Riigikantselei, lk 121
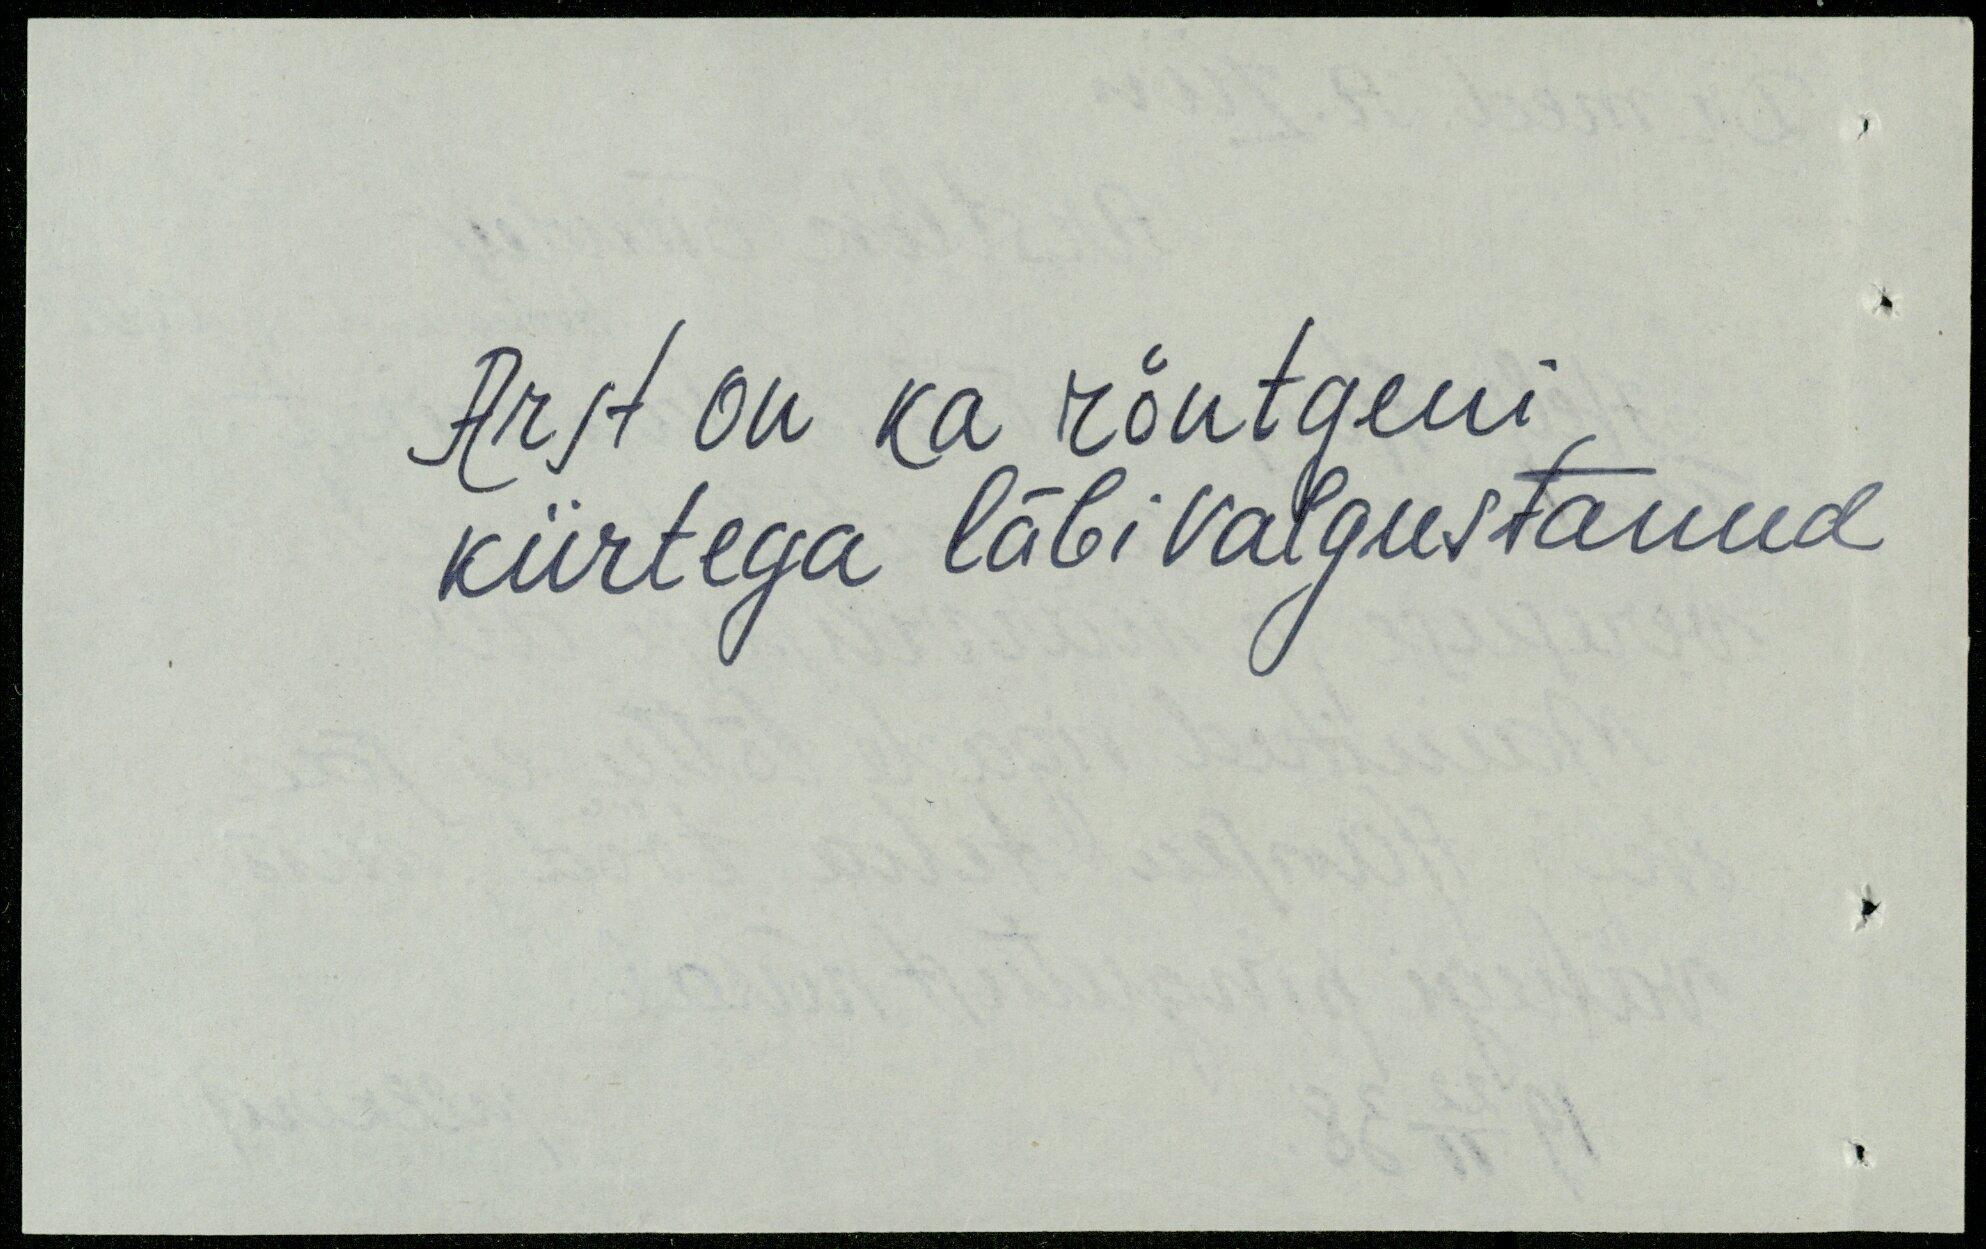
Arst on ka röntgeni
kiirtega läbivalgustanud